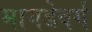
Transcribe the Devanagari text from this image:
मागडेवर्ग